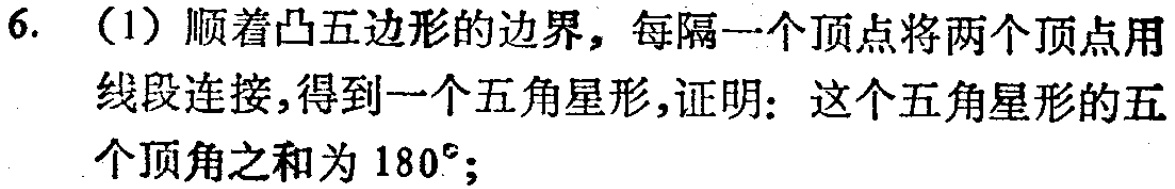
6. （1）顺着凸五边形的边界，每隔一个顶点将两个顶点用线段连接，得到一个五角星形，证明：这个五角星形的五个顶角之和为 \(180^{\circ}\)；